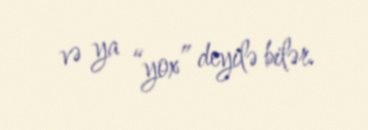
və ya “yox” deyilə bilər.